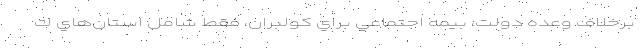
برخلاف وعده دولت، بيمه اجتماعي براي كولبران، فقط شامل استان‌هاي ك